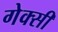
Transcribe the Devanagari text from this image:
गेक्सी